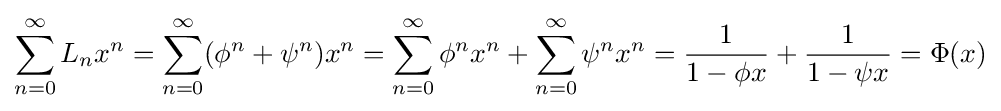
\sum _{n=0}^{\infty }L_{n}x^{n}=\sum _{n=0}^{\infty }(\phi ^{n}+\psi ^{n})x^{n}=\sum _{n=0}^{\infty }\phi ^{n}x^{n}+\sum _{n=0}^{\infty }\psi ^{n}x^{n}={\frac {1}{1-\phi x}}+{\frac {1}{1-\psi x}}=\Phi (x)